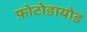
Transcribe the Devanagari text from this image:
फ़ोटोडायोड